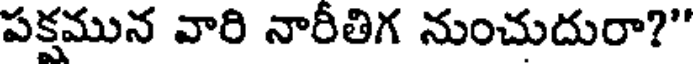
పక్షమున వారి నారీతిగ నుంచుదురా?"